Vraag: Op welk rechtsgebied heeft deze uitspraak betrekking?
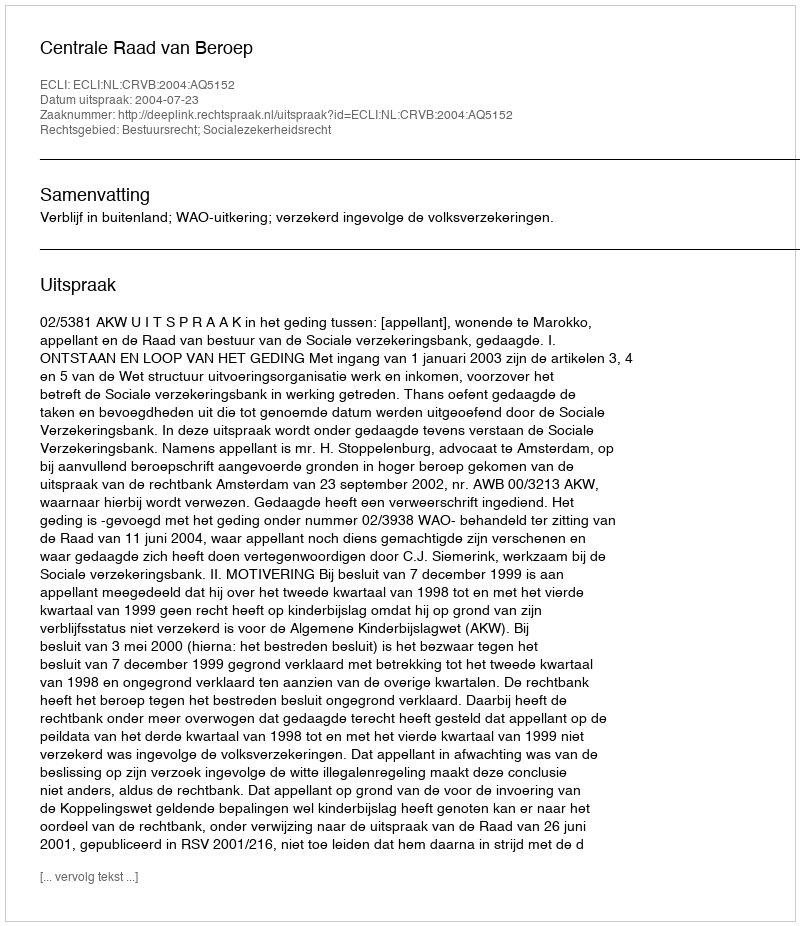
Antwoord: Bestuursrecht; Socialezekerheidsrecht